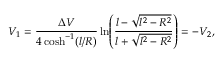
V _ { 1 } = \frac { \Delta V } { 4 \cosh ^ { - 1 } ( l / R ) } \ln \! \left( \frac { l - \sqrt { l ^ { 2 } - R ^ { 2 } } } { l + \sqrt { l ^ { 2 } - R ^ { 2 } } } \right) = - V _ { 2 } ,